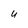
Character: u